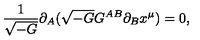
\frac { 1 } { \sqrt { - G } } \partial _ { A } ( \sqrt { - G } G ^ { A B } \partial _ { B } x ^ { \mu } ) = 0 ,